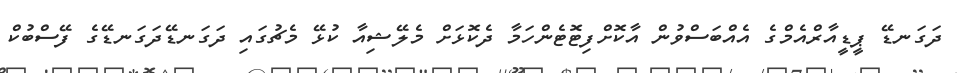
ދަގަނޑޭ ޕީޑީއާރްއެމްގެ އެއްބަސްވުން އާކޮށްފިޓޮޓެންހަމާ ދެކޮޅަށް މެލޭޝިއާ ކުޅޭ މެޗުގައި ދަގަނޑޭދަގަނޑޭގެ ފޭސްބުކް